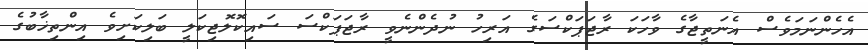
އެހެންނަމަވެސް އެނަތީޖާގެ ވާހަކަ ރާޖަޕަކްސަގެ އަރިހު ނުދެންނެވީ ރާޖަޕަކްސަ ސައިކޮލޮޖިކަލީ ބަލިކަށިވެ އިންތިޚާބުގެ